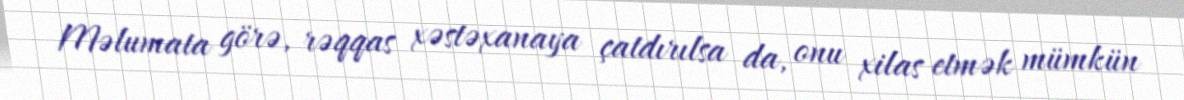
Məlumata görə, rəqqas xəstəxanaya çatdırılsa da, onu xilas etmək mümkün